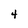
Character: 4